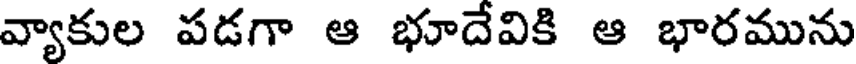
వ్యాకుల పడగా ఆ భూదేవికి ఆ భారమును